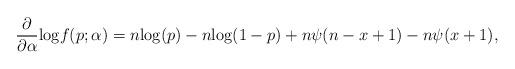
LaTeX: \begin{align*} \frac{{\rm \partial}}{{\rm \partial} \alpha} {\rm log} f(p;\alpha) = n {\rm log} (p) - n {\rm log} (1-p) + n \psi(n-x+1) - n \psi(x+1), \end{align*}